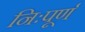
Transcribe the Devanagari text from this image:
निःपूर्ण